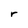
Character: r